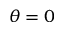
\theta = 0